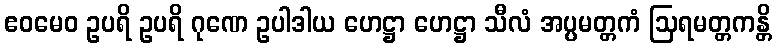
ဧဝမေဝ ဥပရိ ဥပရိ ဂုဏေ ဥပါဒါယ ဟေဋ္ဌာ ဟေဋ္ဌာ သီလံ အပ္ပမတ္တကံ ဩရမတ္တကန္တိ